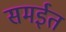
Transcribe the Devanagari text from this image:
समईत